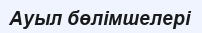
Ауыл бөлімшелері